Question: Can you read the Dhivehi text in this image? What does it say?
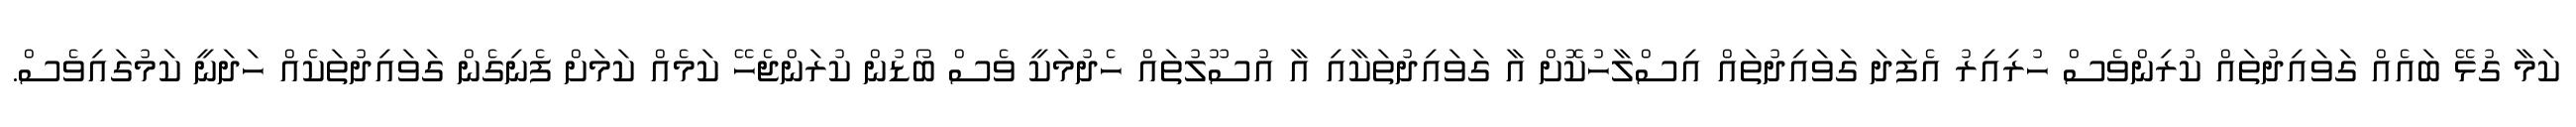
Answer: ކަމާ ގުޅޭ ބައެއް ގަވައިދުތައް ކުރިންވެސް ހުރިއިރު އެފަދަ ގަވައިދުތައް އިސްލާހުކޮށް އާ ގަވައިދުތަކާއި އާ އުސޫލުތައް ހެދުމަކީ ވެސް ބޯޑުން ކުރަންޖެހޭ ކަމެއް ކަމަށް ފެނިގެން ގަވައިދުތަކެއް ހަދަނީ ކަމުގައިވެސް.